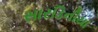
સારડિનીયા